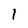
Character: I